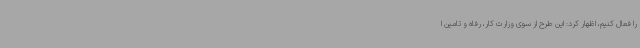
را فعال کنیم، اظهار کرد: این طرح از سوی وزارت کار، رفاه و تامین ا